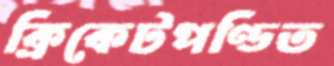
ক্রিকেটপণ্ডিত